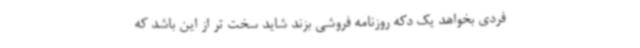
فردی بخواهد یک دکه روزنامه فروشی بزند شاید سخت تر از این باشد که